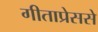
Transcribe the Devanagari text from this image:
गीताप्रेससे